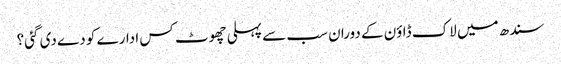
سندھ میں لاک ڈاؤن کے دوران سب سے پہلی چھوٹ کس ادارے کو دے دی گئی؟